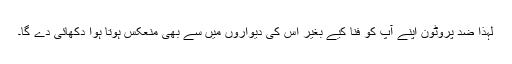
لہٰذا ضد پروٹون اپنے آپ کو فنا کیے بغیر اس کی دیواروں میں سے بھی منعکس ہوتا ہوا دکھائی دے گا۔